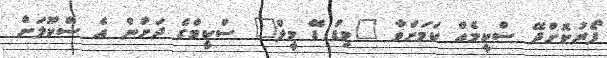
ފޯރުކޮށްދޭ ސްކީމެއް ކަމަށްވާ "މިޑް ޑޭ މީލް" ސްކީމްގެ ދަށުން އެ ސްކޫލަށް